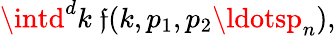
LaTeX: \intd^{d}k\ \mathfrak{f}(k,p_{1},p_{2}\ldotsp_{n}),